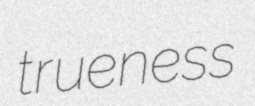
trueness